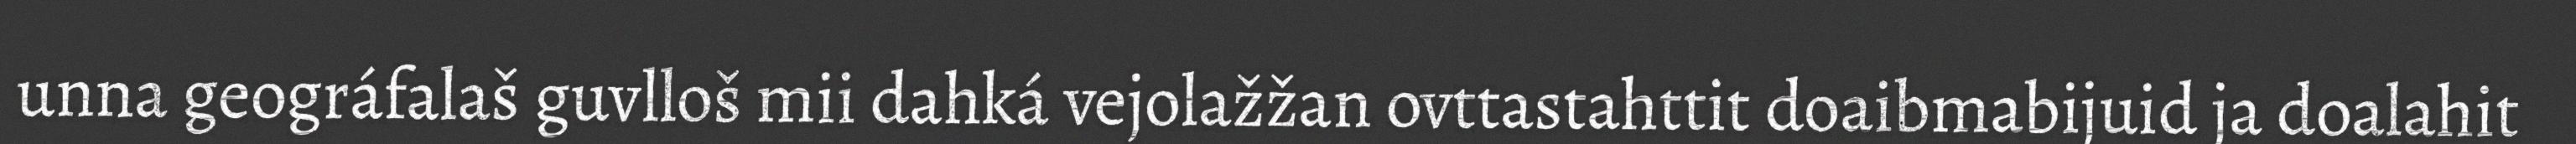
unna geográfalaš guvlloš mii dahká vejolažžan ovttastahttit doaibmabijuid ja doalahit